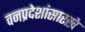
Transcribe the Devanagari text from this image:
वनप्रदेशांसारखे